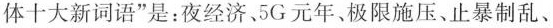
体十大新词语”是：夜经济。5G元年、极限施压、止暴制乱、